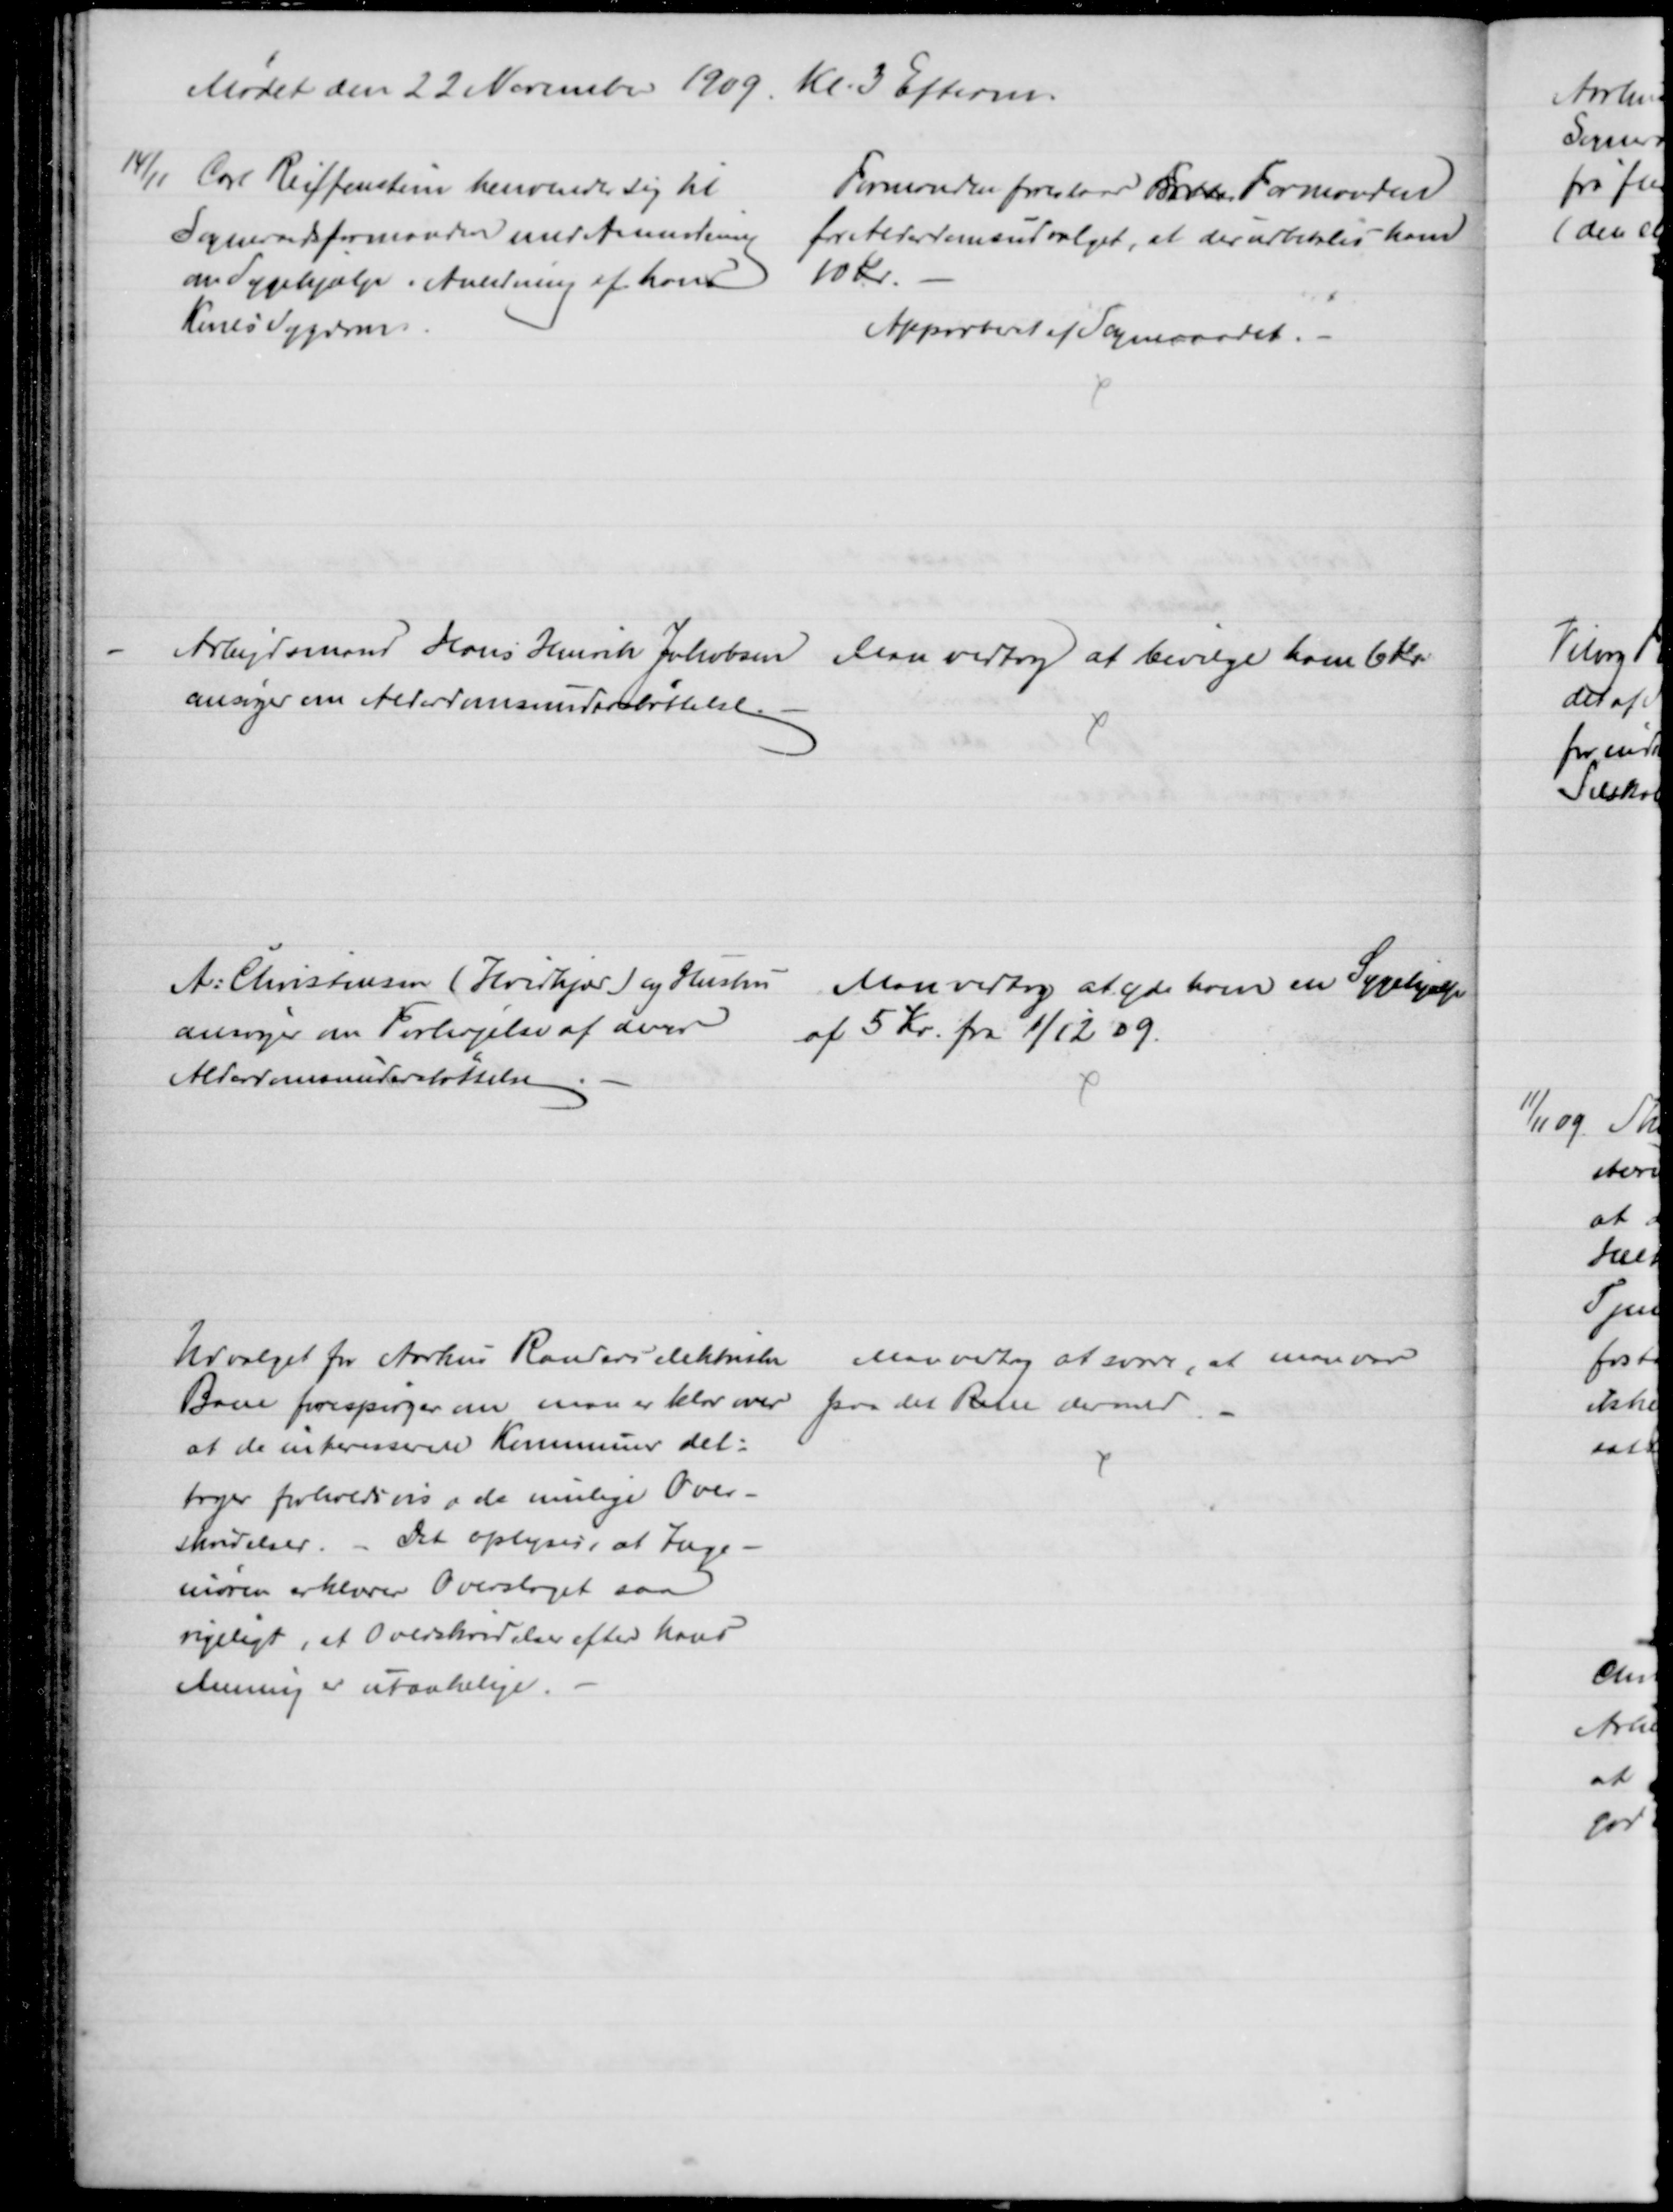
Transskription:
Mødet den 22 November 1909. Kl. 3 Efterm.
14/11 Carl Reiffenstein henvender sig til
Sogneraadsformanden med Anmodning
om Sygehjælp i Anledning af hans
Kones Sygdom.
Formanden foreslaar Fattig Formanden
for Alderdomsudvalget, at der udbetales ham
10 Kr.
Approberet af Sogneraadet.
Arbejdsmand Hans Henrik Jakobsen
ansøger om Alderdomsunderstøttelse.
Man vedtog at bevilge ham 6 Kr.
A: Christensen (Hvidkjær) og Hustru
ansøger om Forhøjelse af deres
Alderdomsunderstøttelse
Man vedtog at yde ham en Sygehjælp
af 5 Kr. fra 1/12 09.
Udvalget for Aarhus Randers elektriske
Bane forespørger om man er klar over
at de interesserede Kommuner del=
tager forholdsvis i de mulige Over-
skridelser. - Det oplyses, at Inge-
niøren erklærer Overslaget saa
rigeligt, at Overskridelser efter hans
Mening er utænkelige.
Man vedtog at svare, at man var
paa det Rene dermed